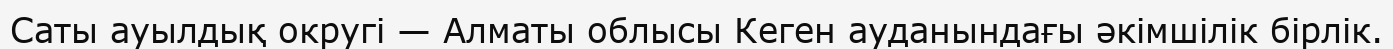
Саты ауылдық округі — Алматы облысы Кеген ауданындағы әкімшілік бірлік.